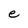
Character: e